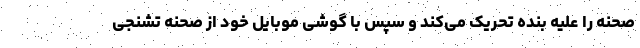
صحنه را علیه بنده تحریک‌ می‌کند و سپس با گوشی موبایل خود از صحنه تشنجی